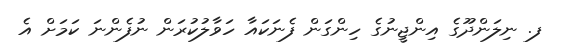
ފ. ނިލަންދޫގެ އިންޖީނުގެ ހިންގަން ފެނަކައާ ހަވާލުކުރަން ނުފެންނަ ކަމަށް އެ